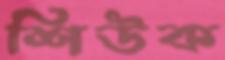
শিউক